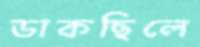
ডাকছিলে